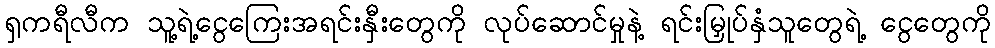
ရှကရီလီက သူ့ရဲ့ငွေကြေးအရင်းနှီးတွေကို လုပ်ဆောင်မှုနဲ့ ရင်းမြှုပ်နှံသူတွေရဲ့ ငွေတွေကို